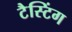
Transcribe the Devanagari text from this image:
टैस्टिंग